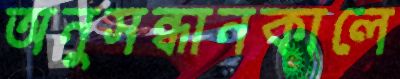
অনুসন্ধানকালে